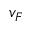
v _ { F }